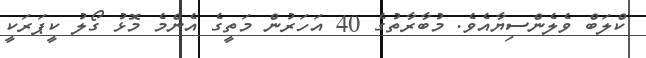
ކްލަބް ވެލެންސިޔާއެވެ. މުބާރާތުގެ 40 އަހަރުން މަތީގެ އެންމެ މޮޅު ގޯލު ކީޕަރަކީ